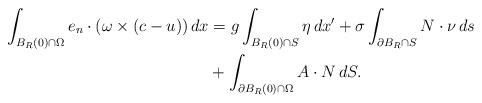
LaTeX: \begin{align*} \int_{B_R(0) \cap \Omega} e_n \cdot (\omega \times (c-u))\, dx & = g\int_{B_R(0) \cap S} \eta\, dx' + \sigma \int_{\partial B_R \cap S} N \cdot \nu\, ds \\ & + \int_{\partial B_R(0) \cap \Omega} A \cdot N\, dS. \end{align*}